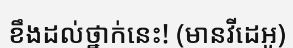
ខឹងដល់ថ្នាក់នេះ! (មានវីដេអូ)